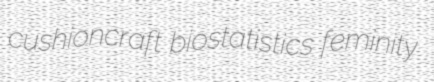
cushioncraft biostatistics feminity